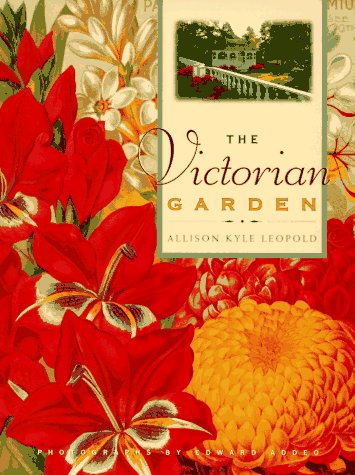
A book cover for The Victorian Garden; Allison K. Leopold; Crafts, Hobbies & Home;